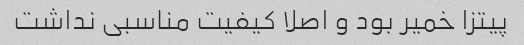
پیتزا خمیر بود و اصلا کیفیت مناسبی نداشت